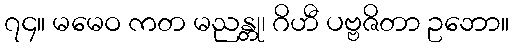
၇၄။ မမေဝ ကတ မညန္တု၊ ဂိဟီ ပဗ္ဗဇိတာ ဥဘော။